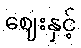
ဈေးနှင့်